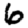
Digit: 6